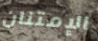
الإمتنان